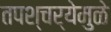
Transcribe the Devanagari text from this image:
तपश्‍चर्येमुळे